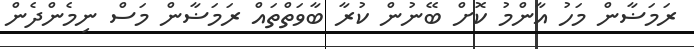
ރަމަޟާން މަހު އާންމު ކޮށް ބޭނުން ކުރާ ބާވަތްތައް ރަމަޟާން މަސް ނިމެންދެން